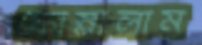
ফোস্‌লালাম